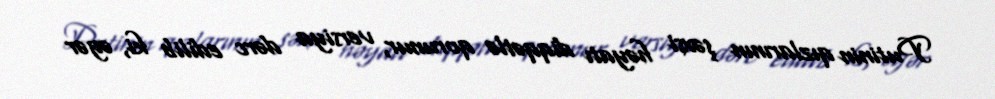
Putinin qızlarının şəxsi həyatı diqqətlə qorunur, versiya dərc edilib ki, əgər